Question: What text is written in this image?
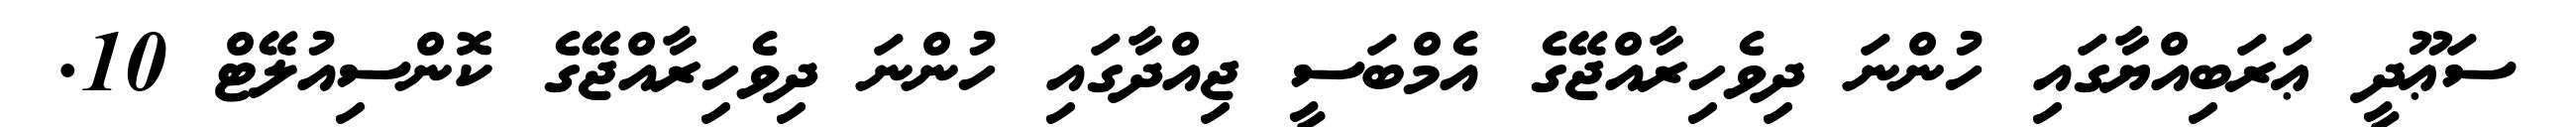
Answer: ސަޢޫދީ ޢަރަބިއްޔާގައި ހުންނަ ދިވެހިރާއްޖޭގެ އެމްބަސީ ޖިއްދާގައި ހުންނަ ދިވެހިރާއްޖޭގެ ކޮންސިއުލޭޓް 10.